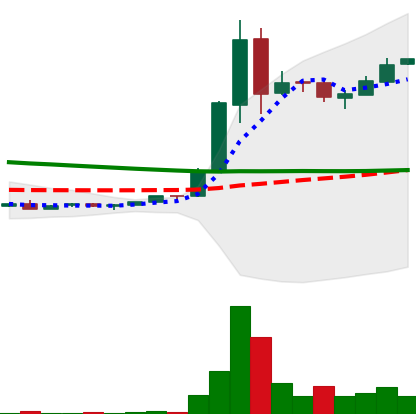
Ticker: DOGE-USD
Chart end date: 2018-09-09
Forward return: 6.022%
Label: up_5_7